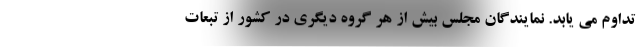
تداوم می یابد. نمایندگان مجلس بیش از هر گروه دیگری در کشور از تبعات